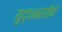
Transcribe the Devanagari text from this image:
युद्धभरतीने